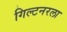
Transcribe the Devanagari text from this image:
गिल्टनरला